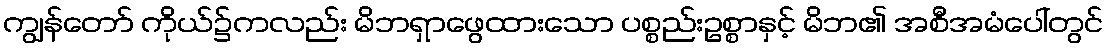
ကျွန်တော် ကိုယ်၌ကလည်း မိဘရှာဖွေထားသော ပစ္စည်းဥစ္စာနှင့် မိဘ၏ အစီအမံပေါ်တွင်